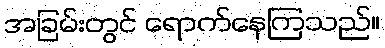
အခြမ်းတွင် ရောက်နေကြသည်။